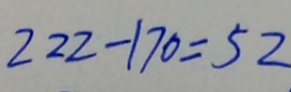
2 2 2 - 1 7 0 = 5 2